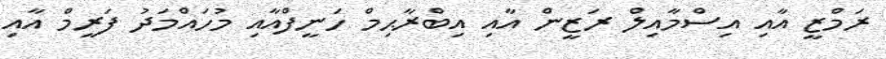
ރަމްޒީ އާއި އިސްމާއިލް ރަޒީން އާއި އިބްރާޙިމް ހަނީފްއާއި މުހައްމަދު ފަރީމް އާއި